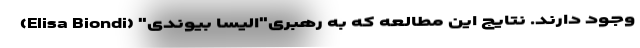
وجود دارند. نتایج این مطالعه که به رهبری"الیسا بیوندی" (Elisa Biondi)